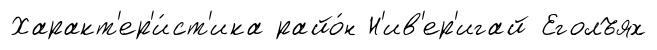
Характ'ер'и́ст'ика райо́н Н'ив'ер'игай Еголъях